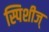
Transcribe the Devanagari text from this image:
स्पिशीज्‌